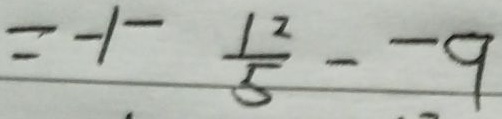
= - 1 - \frac { 1 2 } { 5 } - - 9